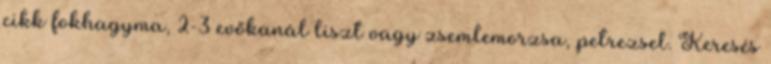
cikk fokhagyma, 2-3 evőkanál liszt vagy zsemlemorzsa, petrezsel. Keresés